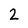
Character: 2